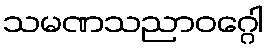
သမဏသညာဝဂ္ဂေါ